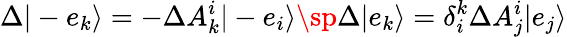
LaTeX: \Delta|-e_{k}\rangle=-\Delta A_{k}^{i}|-e_{i}\rangle\sp\Delta|e_{k}\rangle=\delta_{i}^{k}\Delta A_{j}^{i}|e_{j}\rangle